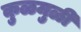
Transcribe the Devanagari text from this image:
कुळमुळी